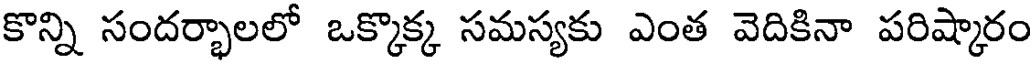
కొన్ని సందర్భాలలో ఒక్కొక్క సమస్యకు ఎంత వెదికినా పరిష్కారం